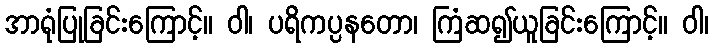
အာရုံပြုခြင်းကြောင့်။ ဝါ၊ ပရိကပ္ပနတော၊ ကြံဆ၍ယူခြင်းကြောင့်။ ဝါ၊